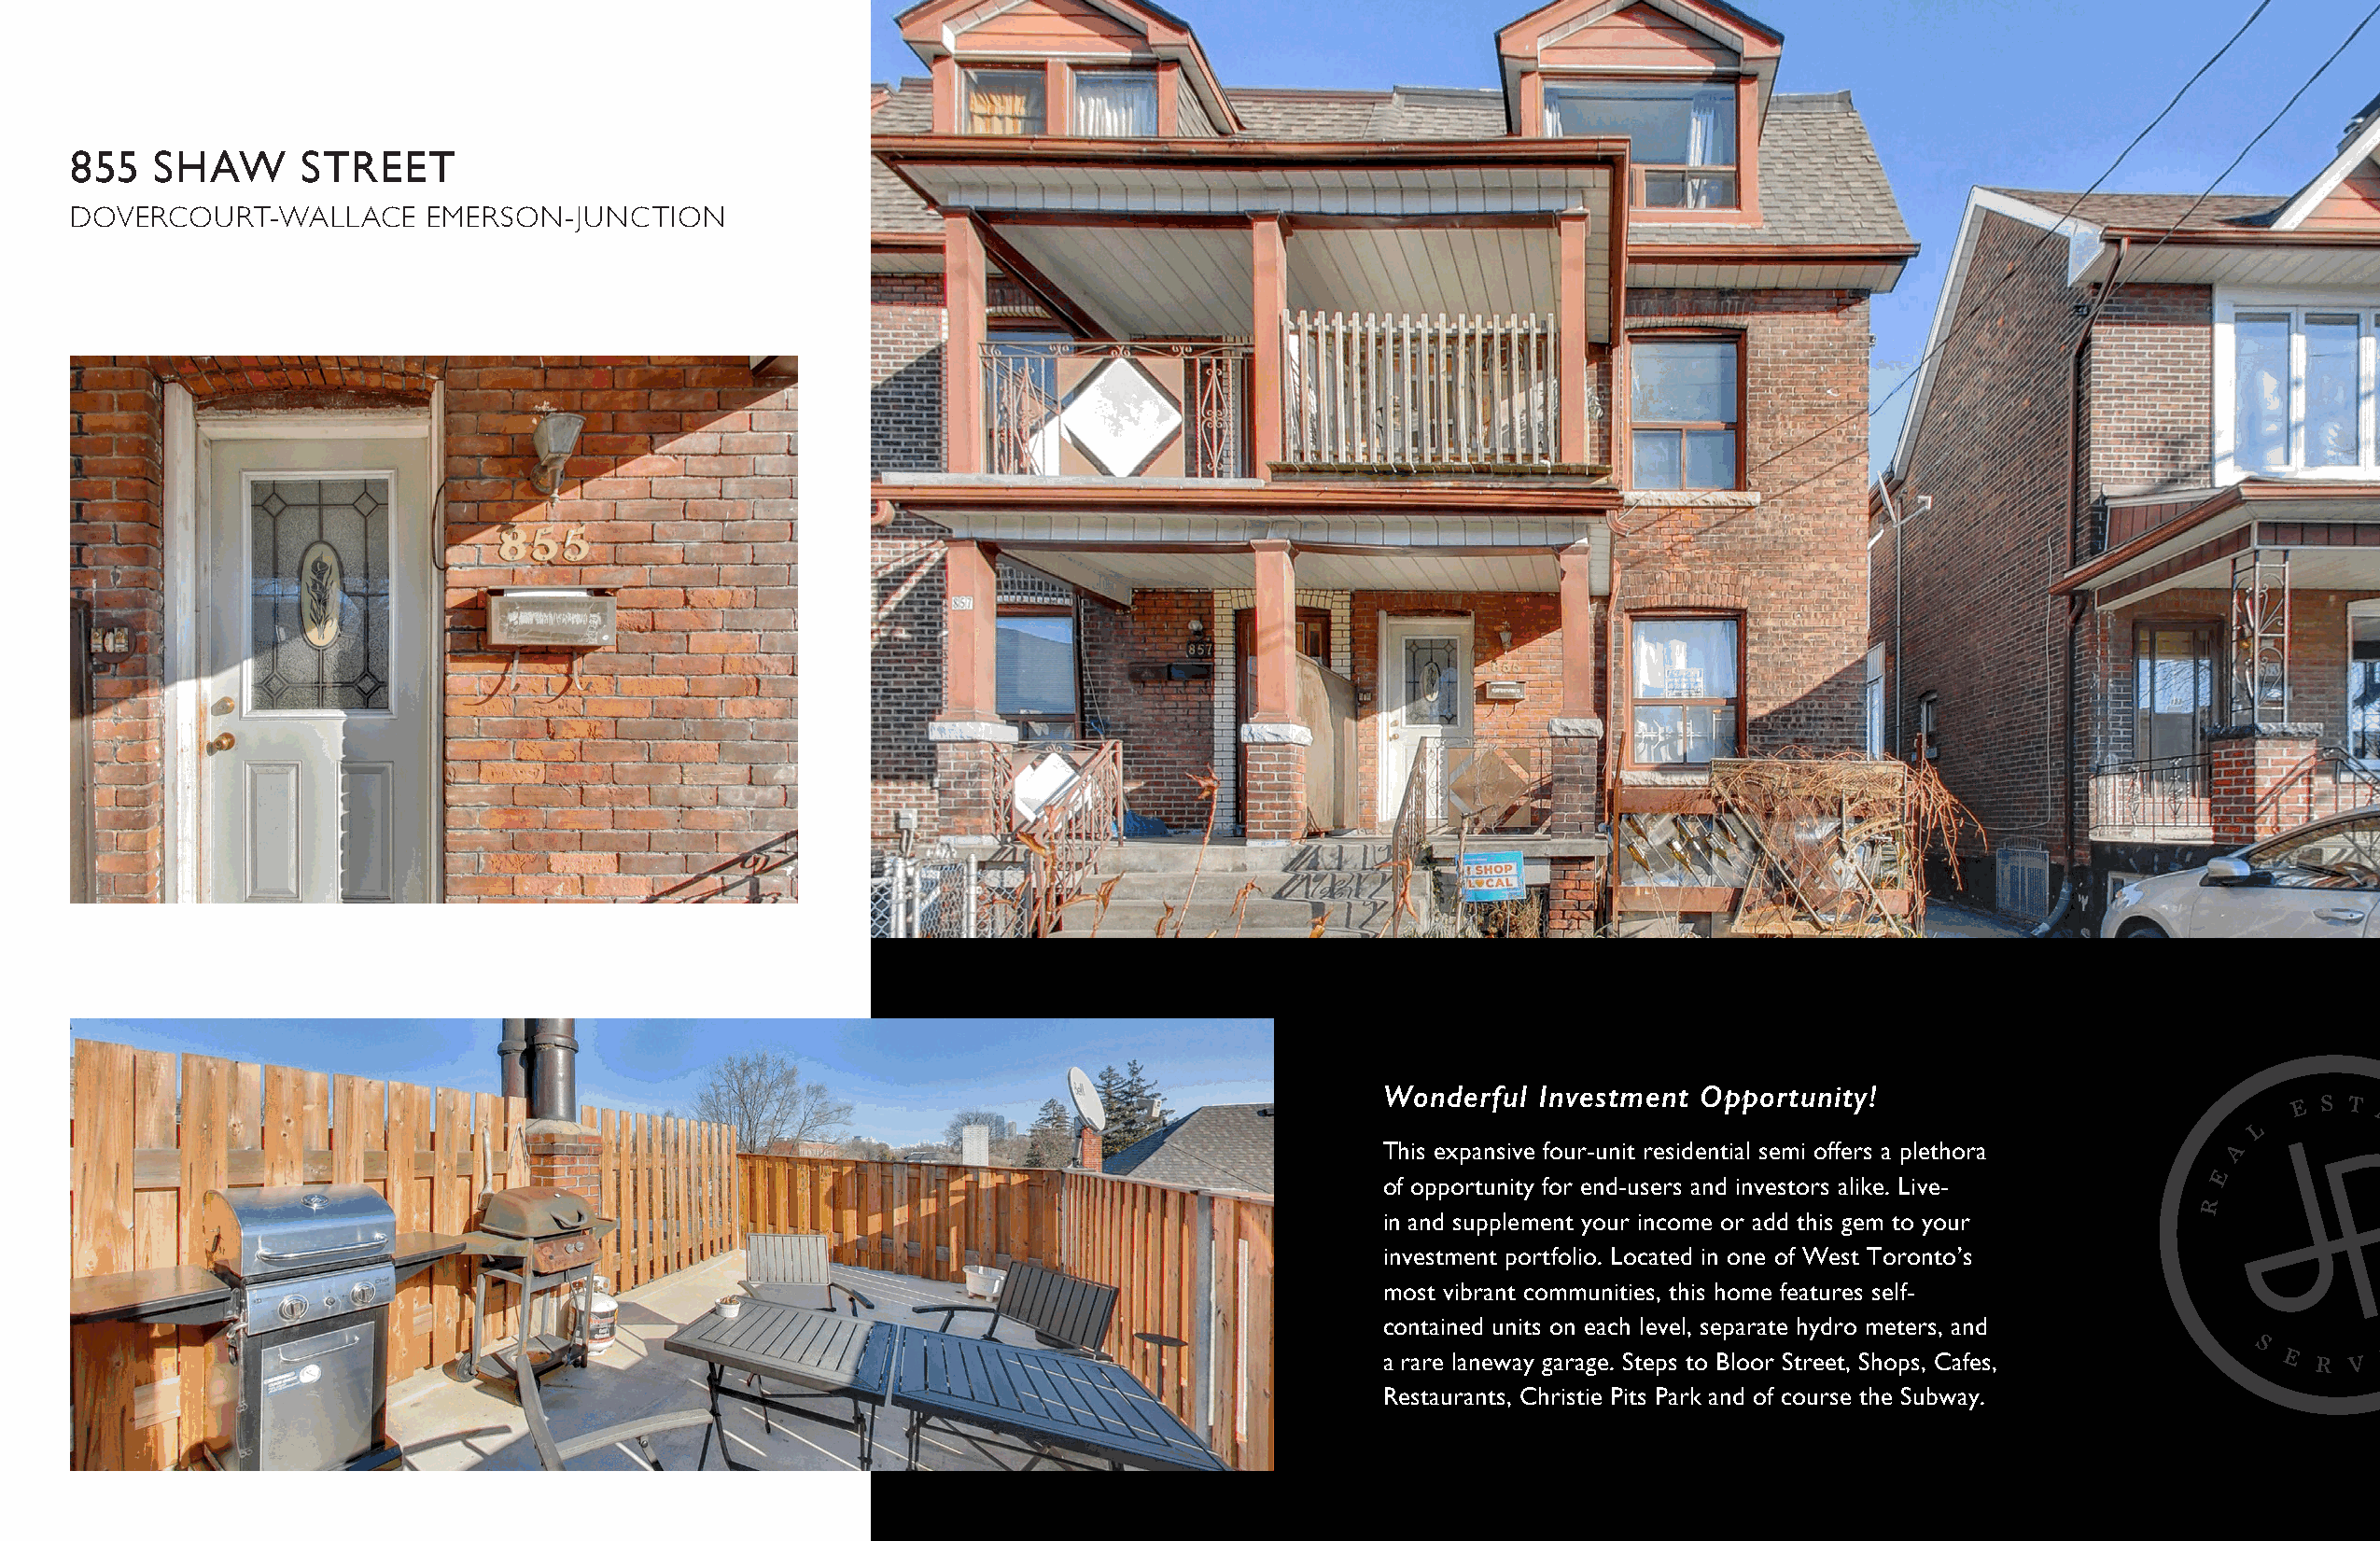
855   SHAW      STREET
 DOVERCOURT-WALLACE       EMERSON-JUNCTION
 Wonderful  Investment  Opportunity!
 This expansive four-unit residential semi offers a plethora
 of opportunity for end-users and investors alike. Live-
 in and supplement your income or add this gem to your
 investment portfolio. Located in one of West Toronto’s
 most vibrant communities, this home features self-
 contained units on each level, separate hydro meters, and
 a rare laneway garage. Steps to Bloor Street, Shops, Cafes,
 Restaurants, Christie Pits Park and of course the Subway.                                     I
 K
 S
 R
 A
 P
 L                            U
 O
 I                          R
 P                            G
 E
 T
 A
 T
 S
 E
 A  L                                S
 E
 E                                 A
 R                                 E
 L
 |  L
 V I
 C E S
 Y   |  S
 E  L
 E S T A T E
 S E R
 U                            A L
 B                             E
 R
 A L
 C I
 R
 E
 M
 M
 O
 C
 &
 A L
 T I
 N
 E
 D
 E S I
 R